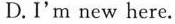
D.I'm new here.